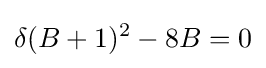
\delta (B+1)^{2}-8B=0